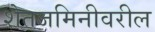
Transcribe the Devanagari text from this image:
शेतजमिनीवरील